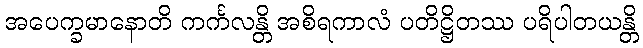
အပေက္ခမာနောတိ ကင်္ကလန္တိ အစိရကာလံ ပတိဋ္ဌိတဿ ပရိပါတယန္တိ